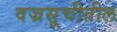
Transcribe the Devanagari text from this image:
वज्रसूचीतील